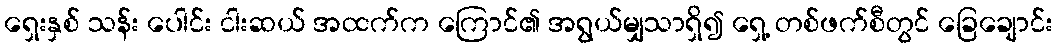
ရှေးနှစ် သန်း ပေါင်း ငါးဆယ် အထက်က ကြောင်၏ အရွယ်မျှသာရှိ၍ ရှေ့ တစ်ဖက်စီတွင် ခြေချောင်း